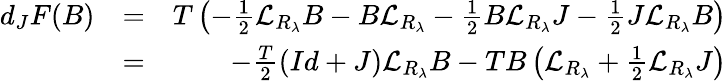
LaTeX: \begin{array}{rlr}{d_{J}F(B)}&{=}&{T\left(-\frac 12{\mathcal L}_{R_{\lambda}}B-B{\mathcal L}_{R_{\lambda}}-\frac 12B{\mathcal L}_{R_{\lambda}}J-\frac 12J{\mathcal L}_{R_{\lambda}}B\right)}\\ &{=}&{-\frac{T}2\left(Id+J\right){\mathcal L}_{R_{\lambda}}B-TB\left({\mathcal L}_{R_{\lambda}}+\frac 12{\mathcal L}_{R_{\lambda}}J\right)}\end{array}